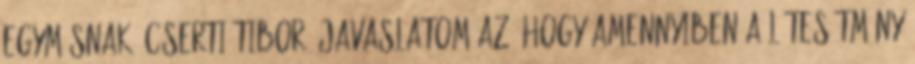
egymásnak. Cserti Tibor: Javaslatom az, hogy amennyiben a létesítmény